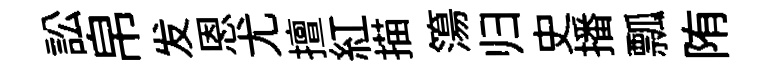
訟帛发恩尤擅紅描簜归史播瓢陏